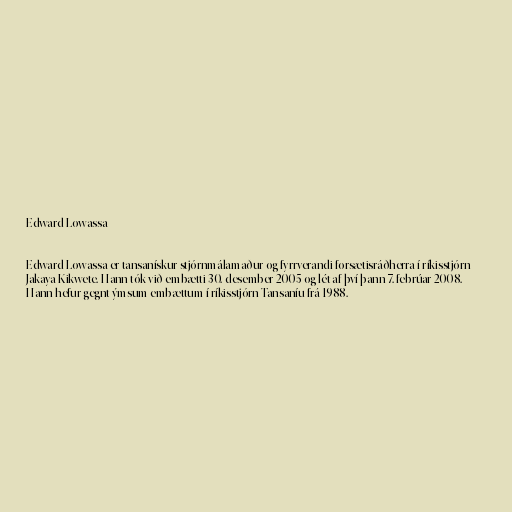
Edward Lowassa

Edward Lowassa er tansanískur stjórnmálamaður og fyrrverandi forsætisráðherra í ríkisstjórn
Jakaya Kikwete. Hann tók við embætti 30. desember 2005 og lét af því þann 7. febrúar 2008.
Hann hefur gegnt ýmsum embættum í ríkisstjórn Tansaníu frá 1988.